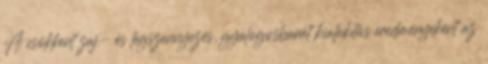
A csökkent zaj- és légszennyezés, gyalogosbarát kialakítás eredményeként az